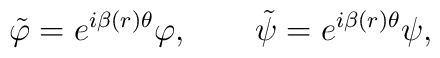
\tilde \varphi =e^{i\beta(r) \theta} \varphi,\qquad\tilde \psi =e^{i\beta(r) \theta} \psi,